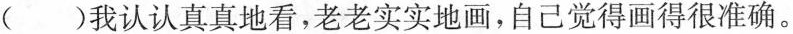
()我认认真真地看，老老实实地画，自己觉得画得很准确。